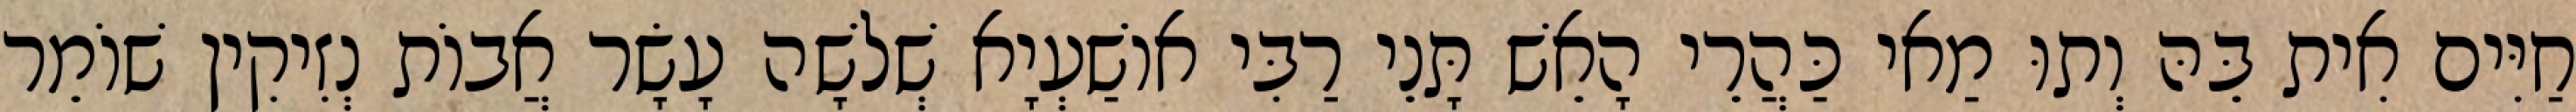
חַיִּים אִית בֵּהּ וְתוּ מַאי כַּהֲרֵי הָאֵשׁ תָּנֵי רַבִּי אוֹשַׁעְיָא שְׁלֹשָׁה עָשָׂר אֲבוֹת נְזִיקִין שׁוֹמֵר